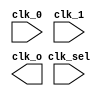
// SPDX-License-Identifier: Apache-2.0
// Copyright (C) 2019 Intel Corporation. 
//****************************************************************************************
// (C) 2011 Altera Corporation. .
//
//****************************************************************************************

//------------------------------------------------------------------------
// Description: standard clock mux
//
//------------------------------------------------------------------------

module altr_hps_ckmux21
    (
    input  wire              clk_0,     // clock 0
    input  wire              clk_1,     // clock 1
    input  wire              clk_sel,   // clock selector
    output  wire             clk_o      // clock out
     );

`ifdef ALTR_HPS_INTEL_MACROS_OFF
    assign clk_o = clk_sel ? clk_1 : clk_0;
`else

`endif

endmodule // altr_hps_ckmux21